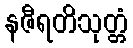
နဇီရတိသုတ္တံ